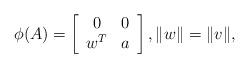
LaTeX: \begin{align*}\phi(A) = \left[ \begin{array}{cc} 0 & 0 \\ w^T & a \end{array} \right], \|w\|=\|v\|,\end{align*}